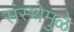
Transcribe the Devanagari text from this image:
संस्थेमुळे